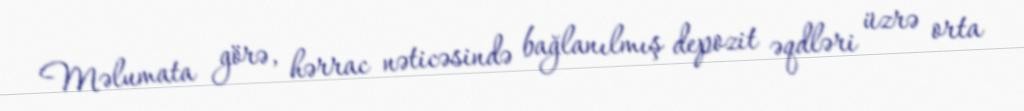
Məlumata görə, hərrac nəticəsində bağlanılmış depozit əqdləri üzrə orta